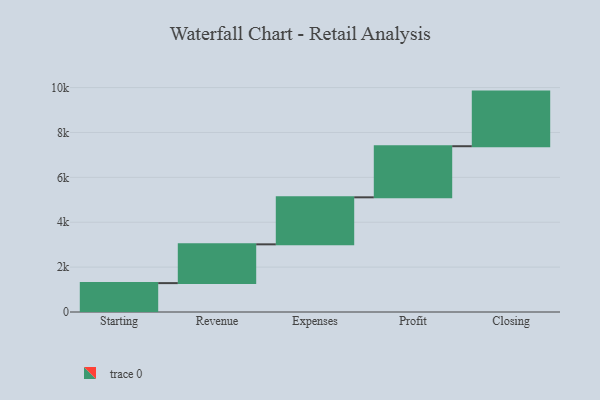
{"axis": {"x": "Step", "y": "Value"}, "legend": [""], "data": [{"x": "Starting", "y": 1287.0, "type": ""}, {"x": "Revenue", "y": 1728.0, "type": ""}, {"x": "Expenses", "y": 2095.0, "type": ""}, {"x": "Profit", "y": 2277.0, "type": ""}, {"x": "Closing", "y": 2434.0, "type": ""}]}